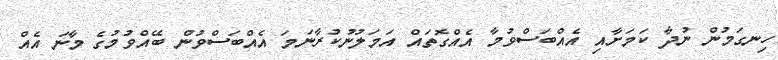
ހިނގަމުން ނުދާ ކަމަށާއި އެއްބަސްވުމާ އެއްގޮތައް އަމަލުނުކުރާނަމަ އެއްބަސްވުން ބޭއްވުމުގެ މާނަ އެއް